Source: Handwritten
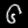
Digit: ၆ (6)